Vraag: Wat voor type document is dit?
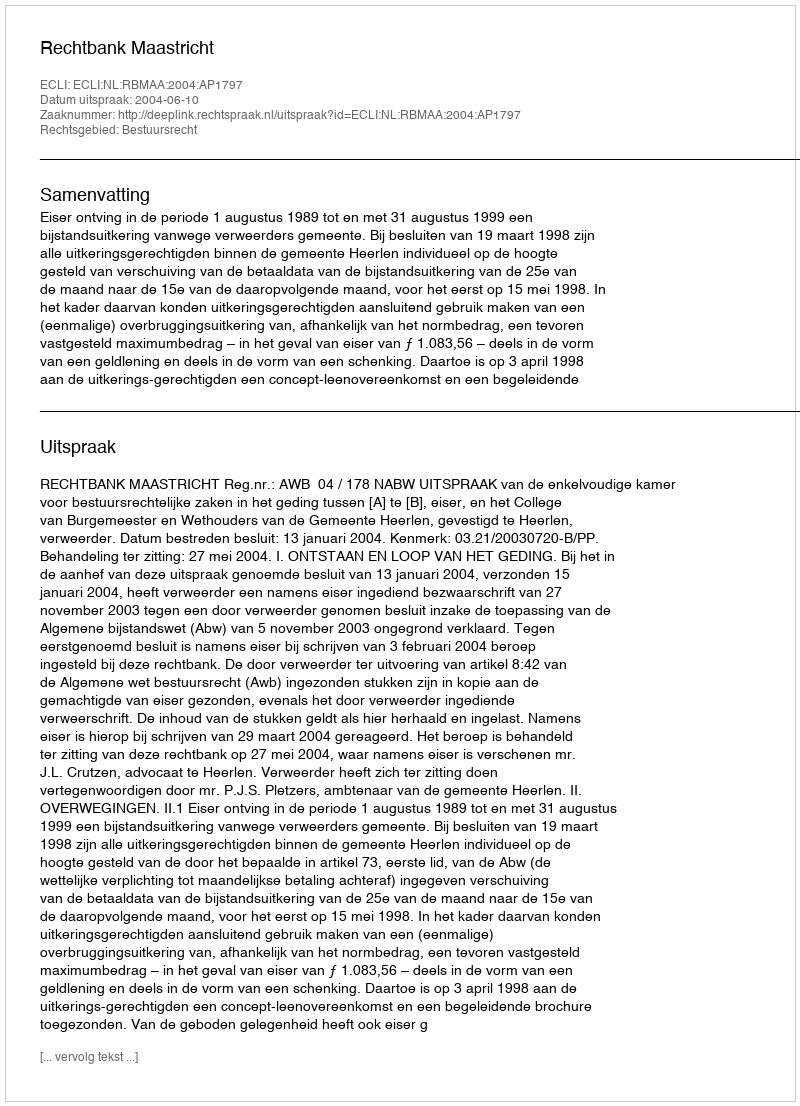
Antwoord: Uitspraak